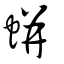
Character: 蛢